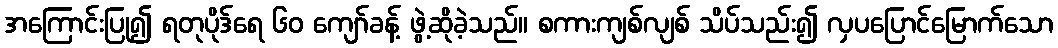
အကြောင်းပြု၍ ရတုပိုဒ်ရေ ၆၀ ကျော်ခန့် ဖွဲ့ဆိုခဲ့သည်။ စကားကျစ်လျစ် သိပ်သည်း၍ လှပပြောင်မြောက်သော